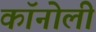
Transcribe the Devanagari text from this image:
कॉनोली